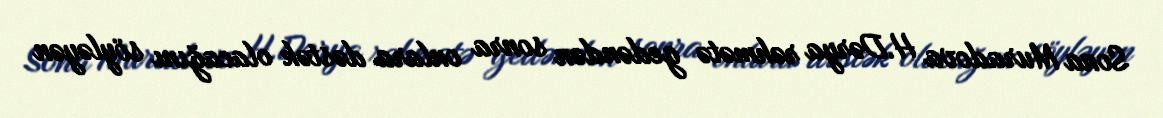
Sona Muradova H.Dərya rəhmətə gedəndən sonra onlara dəstək olacağını söyləyən